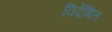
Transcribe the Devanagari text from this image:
विर्देषित